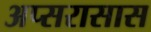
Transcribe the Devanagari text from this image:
अप्सरासास